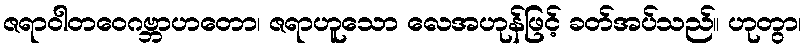
ဇရာဝါတဝေဂဗ္ဘာဟတော၊ ဇရာဟူသော လေအဟုန်ဖြင့် ခတ်အပ်သည်။ ဟုတွာ၊